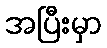
အပြီးမှာ